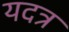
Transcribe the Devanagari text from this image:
यदत्र